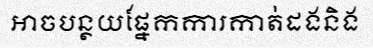
អាចបន្ថយផ្នែកការកាត់ដងនិង